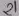
Text: 21